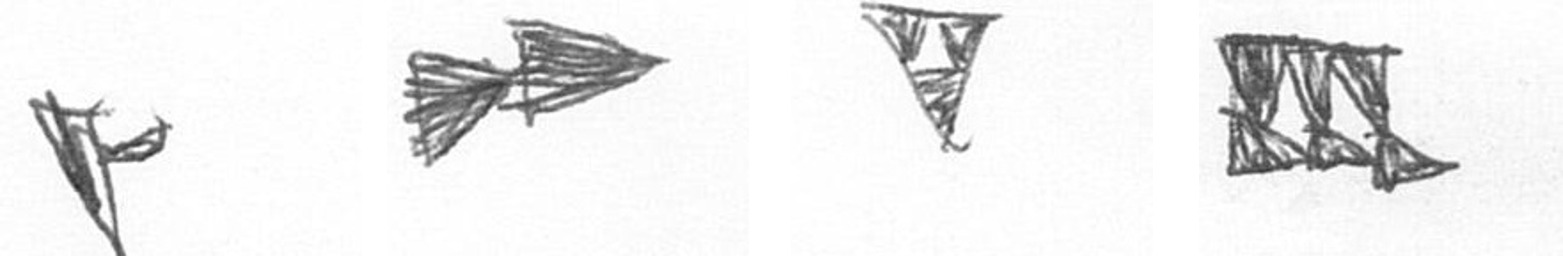
F A S D